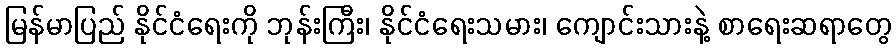
မြန်မာပြည် နိုင်ငံရေးကို ဘုန်းကြီး၊ နိုင်ငံရေးသမား၊ ကျောင်းသားနဲ့ စာရေးဆရာတွေ